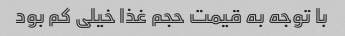
با توجه به قیمت حجم غذا خیلی کم بود